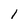
Character: l